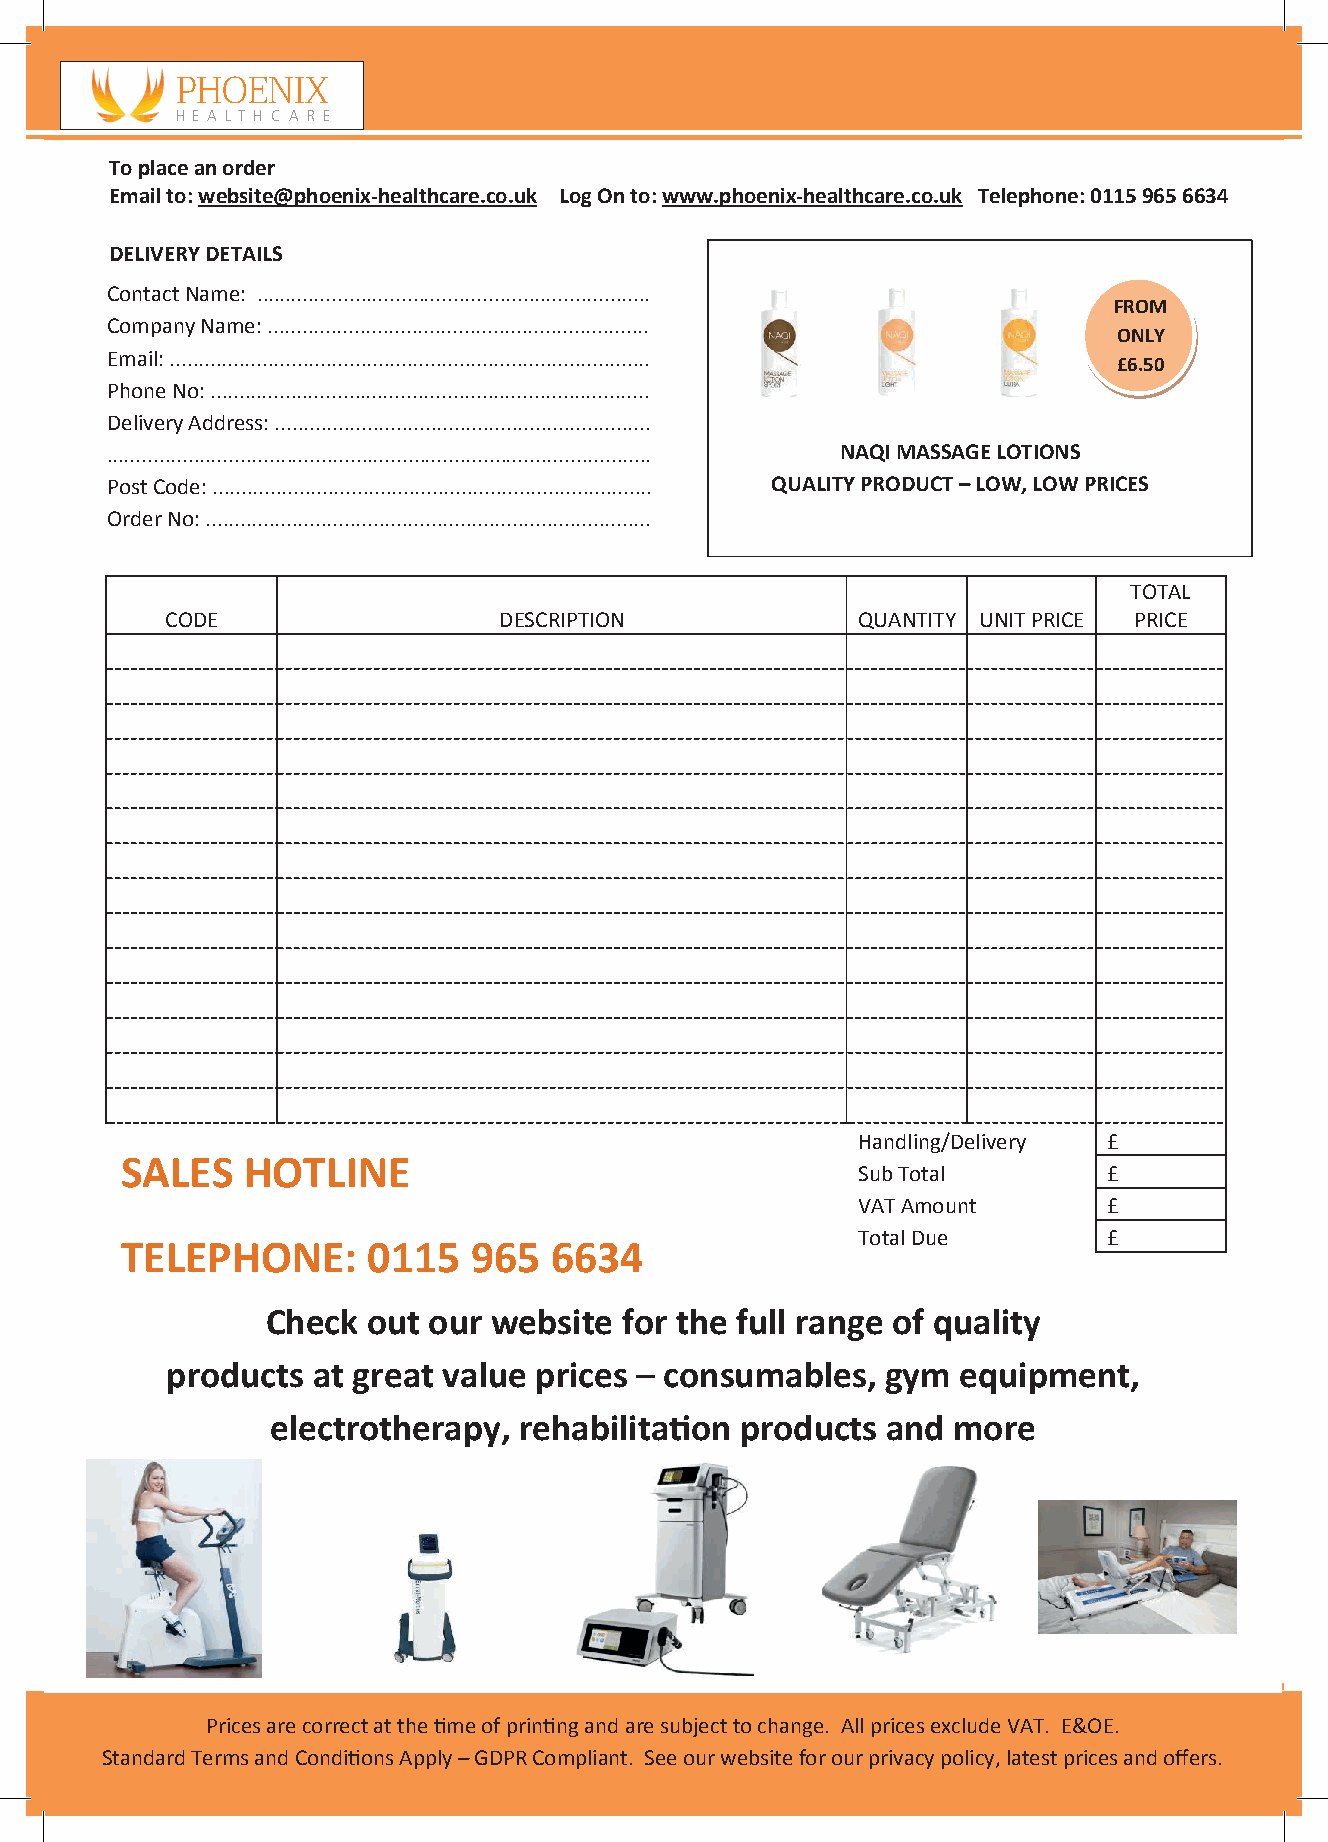
PPHHOOEENNIIXX
 HH EE AA LL TT HH CC AA RR EE
 Toplaceanorder
 Emailto:website@phoenix-healthcare.co.uk Log Onto:www.phoenix-healthcare.co.uk Telephone:01159656634
 DELIVERYDETAILS
 ContactName: ....................................................................
 FROM
 Company Name: ..................................................................
 ONLY
 Email: ...................................................................................
 £6.50
 Phone No: ............................................................................
 Delivery Address: .................................................................
 .............................................................................................. NAQIMASSAGELOTIONS
 PostCode: ............................................................................ QUALITY PRODUCT–LOW,LOWPRICES
 OrderNo: .............................................................................
 TOTAL
 CODE                  DESCRIPTION             QUANTITY UNIT PRICE PRICE
 Handling/Delivery £
 SALES   HOTLINE
 SubTotal        £
 VATAmount       £
 TotalDue        £
 TELEPHONE:      0115   965  6634
 Check out our website  for the full range of quality
 products  at great value prices – consumables,  gym equipment,
 electrotherapy, rehabilitation products  and more
 Prices arecorrect atthe timeof printing andaresubjecttochange. All pricesexcludeVAT. E&OE.
 StandardTerms andConditions Apply –GDPRCompliant. Seeourwebsiteforour privacy policy, latestprices andoffers.